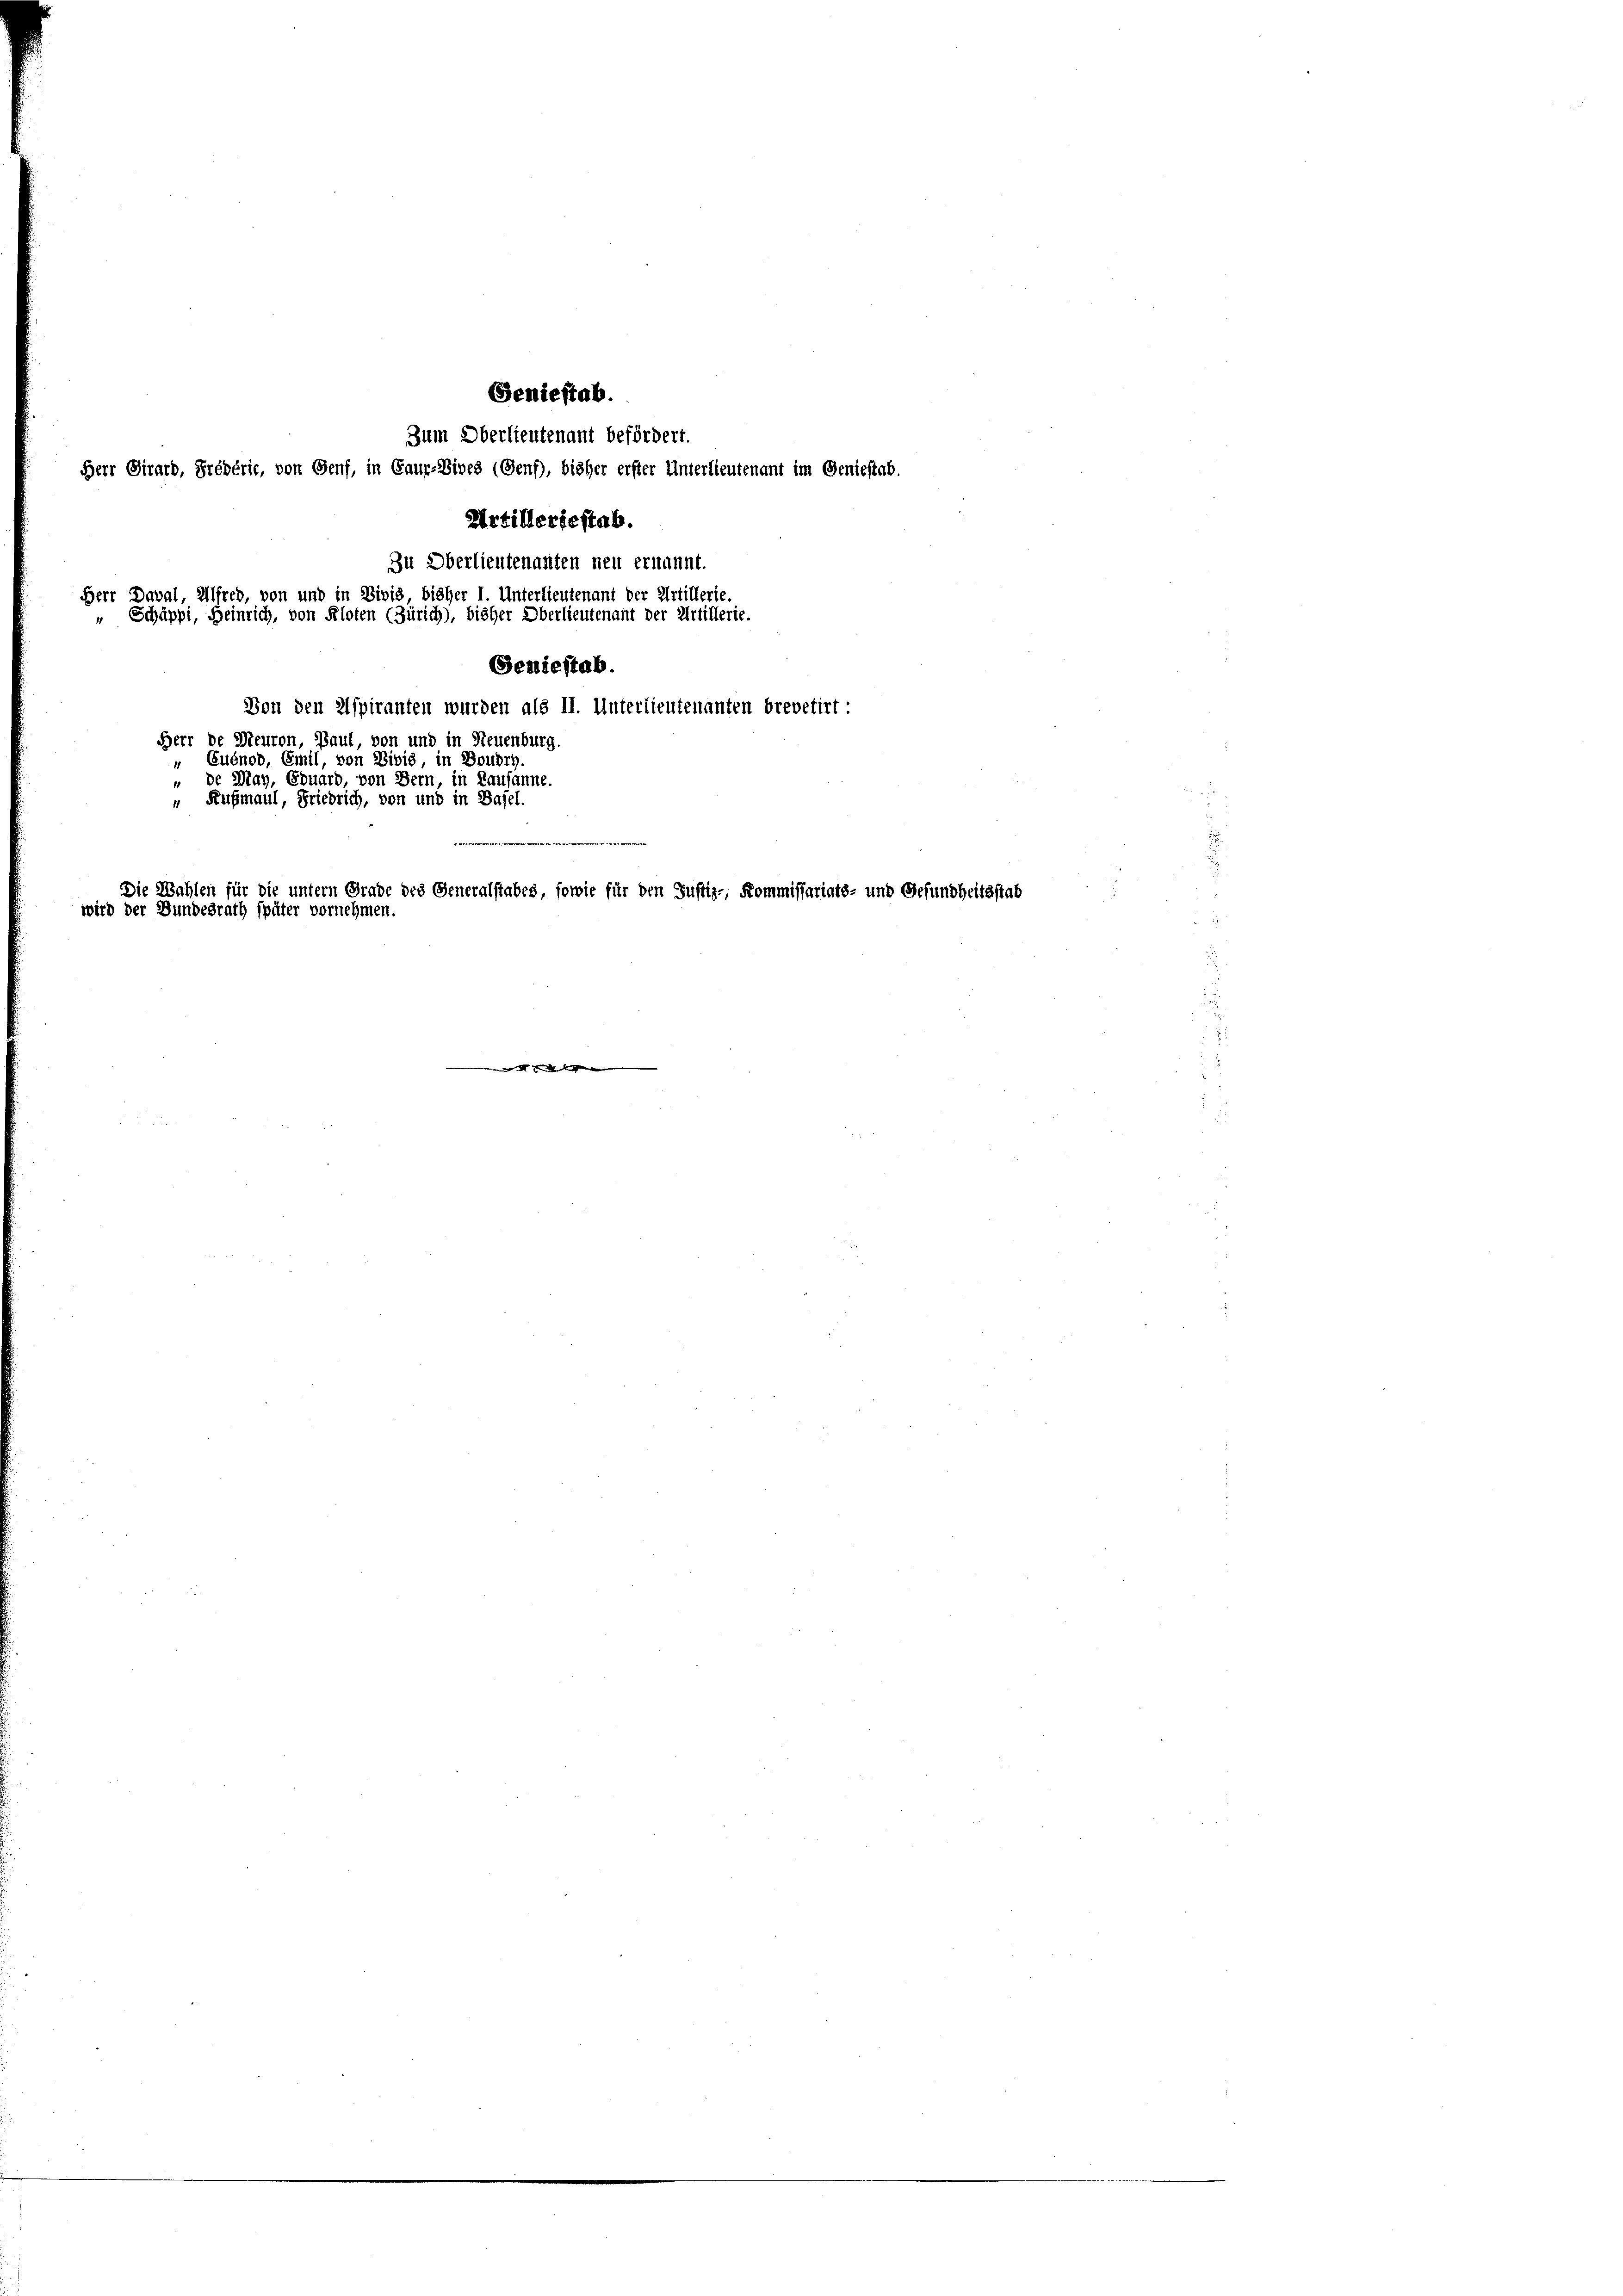
Seniestab.
Zum Oberlieutenant befördert.
Herr Girard, Préférie, von Genf, in Gaur-Bives (Genf), bisher erster Unterlieutenant im Geniestab.
Artilleriestab.

Zu Oberlieutenanten neu ernannt.
Geniestab.
Von den Aspiranten wurden als II. Unterlieutenanten brevetirt.
Herr de Meuron, Paul, von und in Neuenburg.
" Euénod, Emil, von Divis, in Boudry.
de May, Eduard, von Bern, in Lausanne.
Außmaul, Friedrich, von und in Basel.

Herr Daval, Alfred, von und in Divis bisher I. Unterlieutenant der Artillerie.
" Schäppi, Heinrich, von Kloten (Zürich), bisher Oberlieutenant der Artillerie.

e
Die Wahlen für die untern Grade des Generalstabes, sowie für den Justiz-, Kommissariats- und
wird der Bundesrath später vornehmen.